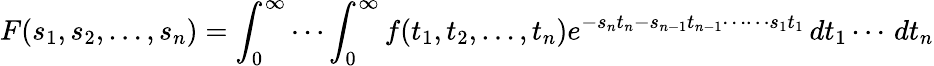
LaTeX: F(s_{1},s_{2},\ldots,s_{n})=\int_{0}^{\infty}\cdots\int_{0}^{\infty}f(t_{1},t_{2},\ldots,t_{n})e^{-s_{n}t_{n}-s_{n-1}t_{n-1}\cdots\cdots s_{1}t_{1}}\, dt_{1}\cdots\, dt_{n}